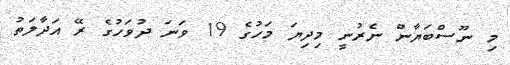
މި ނޫސްބަޔާން ނެރުނީ މިދިޔަ މަހުގެ 19 ވަނަ ދުވަހުގެ ރޭ އަދާލަތު